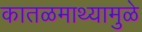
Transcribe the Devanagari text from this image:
कातळमाथ्यामुळे